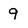
Character: 9